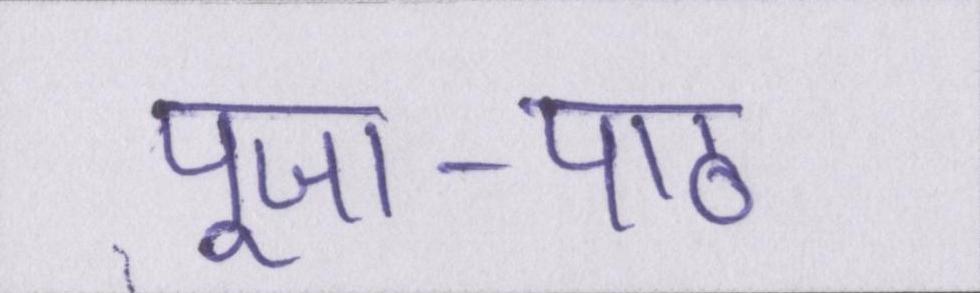
पूजा-पाठ